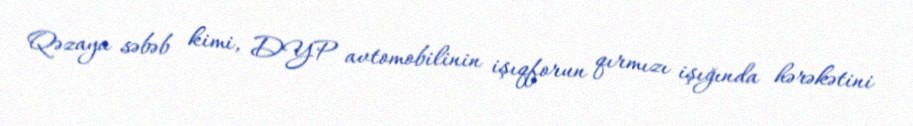
Qəzaya səbəb kimi, DYP avtomobilinin işıqforun qırmızı işığında hərəkətini